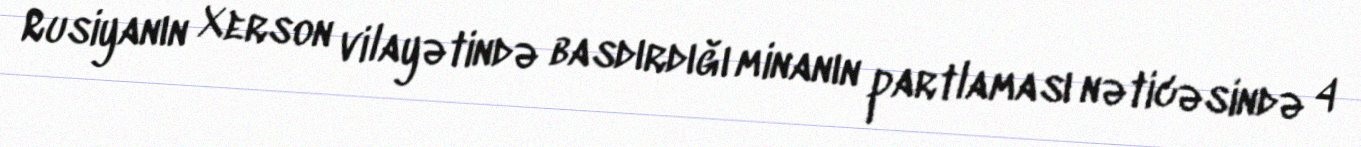
Rusiyanın Xerson vilayətində basdırdığı minanın partlaması nəticəsində 4